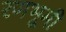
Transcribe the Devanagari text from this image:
रणभूमी